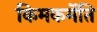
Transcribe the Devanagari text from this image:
किमकर्मेति